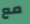
مع